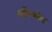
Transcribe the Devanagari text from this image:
संधिकोण